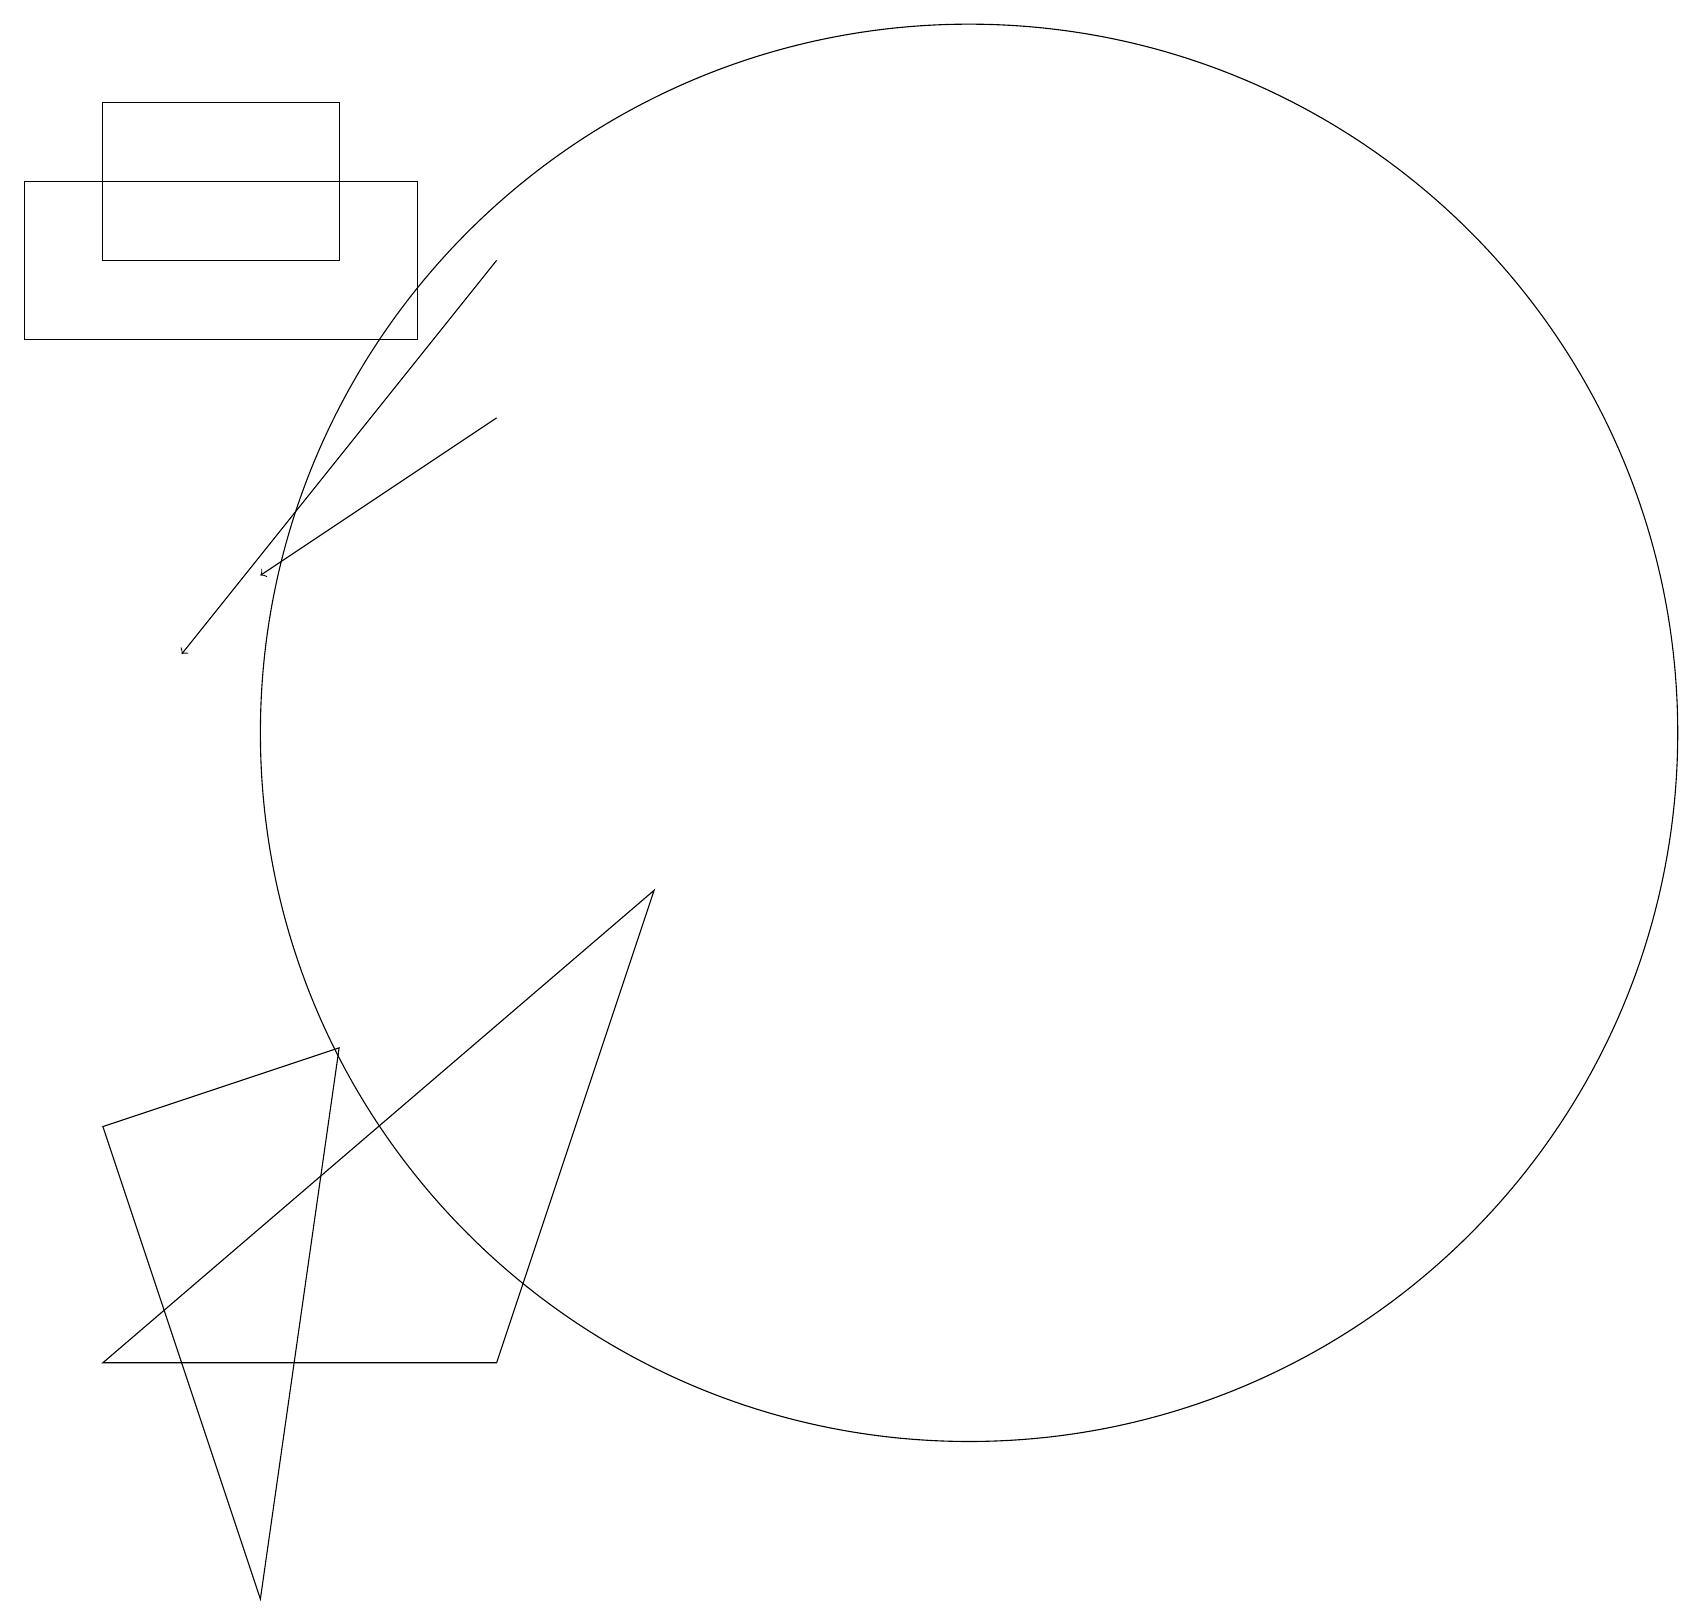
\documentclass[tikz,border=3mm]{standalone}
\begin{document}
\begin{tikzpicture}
\draw (0,16) rectangle (5,18);
\draw (10,10) circle (0);
\draw (1,3) -- (6,3) -- (8,9) -- cycle;
\draw[->] (6,17) -- (2,12);
\draw (12,11) circle (9);
\draw[->] (6,15) -- (3,13);
\draw (4,7) -- (1,6) -- (3,0) -- cycle;
\draw (1,19) rectangle (4,17);
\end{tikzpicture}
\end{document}